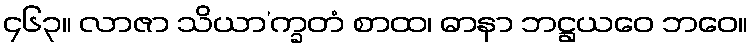
၄၆၃။ လာဇာ သိယာ’က္ခတံ စာထ၊ ဓာနာ ဘဋ္ဌယဝေ ဘဝေ။